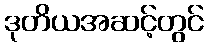
ဒုတိယအဆင့်တွင်